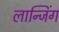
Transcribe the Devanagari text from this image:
लान्जिंग